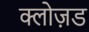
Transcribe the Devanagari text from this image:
क्लोज़ड